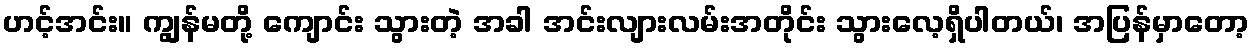
ဟင့်အင်း။ ကျွန်မတို့ ကျောင်း သွားတဲ့ အခါ အင်းလျားလမ်းအတိုင်း သွားလေ့ရှိပါတယ်၊ အပြန်မှာတော့